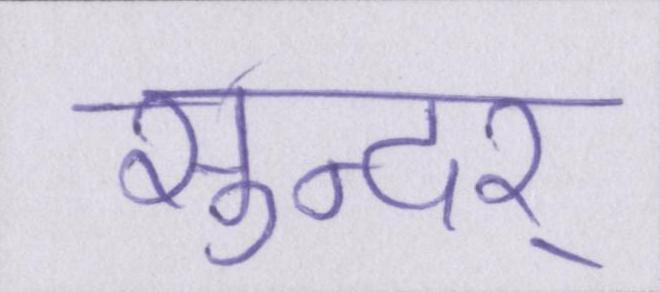
सुन्दर्